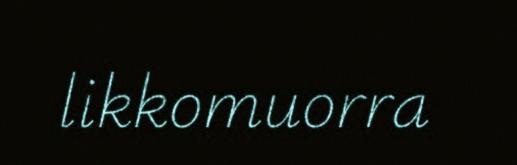
likkomuorra